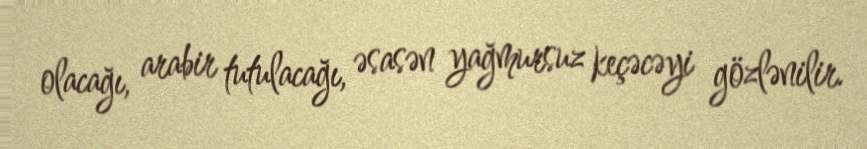
olacağı, arabir tutulacağı, əsasən yağmursuz keçəcəyi gözlənilir.